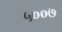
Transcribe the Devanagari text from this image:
५००७